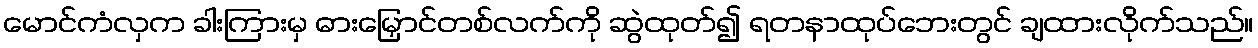
မောင်ကံလှက ခါးကြားမှ ဓားမြှောင်တစ်လက်ကို ဆွဲထုတ်၍ ရတနာထုပ်ဘေးတွင် ချထားလိုက်သည်။